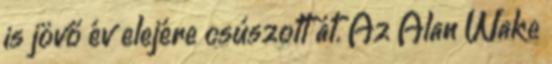
is jövő év elejére csúszott át. Az Alan Wake